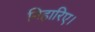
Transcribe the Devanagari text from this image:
निहारिए।